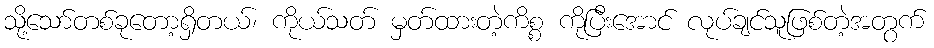
သို့သော်တစ်ခုတော့ရှိတယ်၊ ကိုယ်သတ် မှတ်ထားတဲ့ကိစ္စ ကိုပြီးအောင် လုပ်ချင်သူဖြစ်တဲ့အတွက်